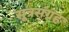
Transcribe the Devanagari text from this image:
सूत्रसंग्रह